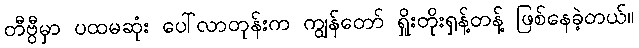
တီဗွီမှာ ပထမဆုံး ပေါ်လာတုန်းက ကျွန်တော် ရှိုးတိုးရှန့်တန့် ဖြစ်နေခဲ့တယ်။